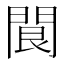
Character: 䦘